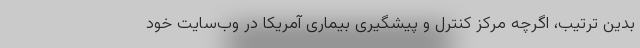
بدین ترتیب، اگرچه مرکز کنترل و پیشگیری بیماری آمریکا در وب‌سایت خود